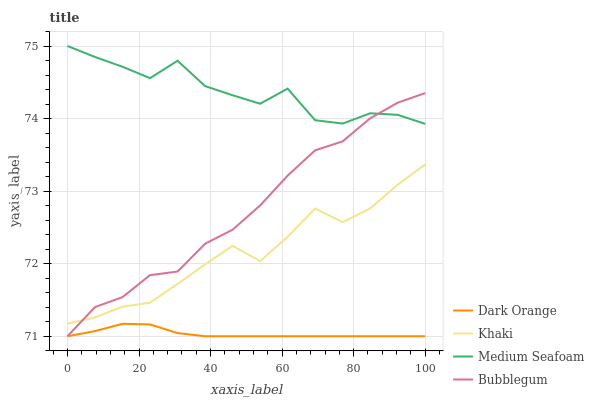
| xaxis_label | Dark Orange | Khaki | Medium Seafoam | Bubblegum |
 | --- | --- | --- | --- | --- |
 | 0 | 71 | 71.2 | 75 | 71 |
 | 7.69 | 71.1 | 71.3 | 74.8 | 71.4 |
 | 15.4 | 71.2 | 71.4 | 74.7 | 71.5 |
 | 23.1 | 71.2 | 71.5 | 74.6 | 71.8 |
 | 30.8 | 71 | 71.7 | 74.8 | 71.9 |
 | 38.5 | 71 | 72 | 74.4 | 72.3 |
 | 46.2 | 71 | 72.2 | 74.3 | 72.5 |
 | 53.8 | 71 | 72 | 74.2 | 72.8 |
 | 61.5 | 71 | 72.4 | 74.4 | 73.2 |
 | 69.2 | 71 | 72.8 | 74 | 73.6 |
 | 76.9 | 71 | 72.6 | 73.9 | 73.7 |
 | 84.6 | 71 | 72.8 | 74.1 | 74 |
 | 92.3 | 71 | 73.1 | 74.1 | 74.2 |
 | 100 | 71 | 73.4 | 73.9 | 74.4 |